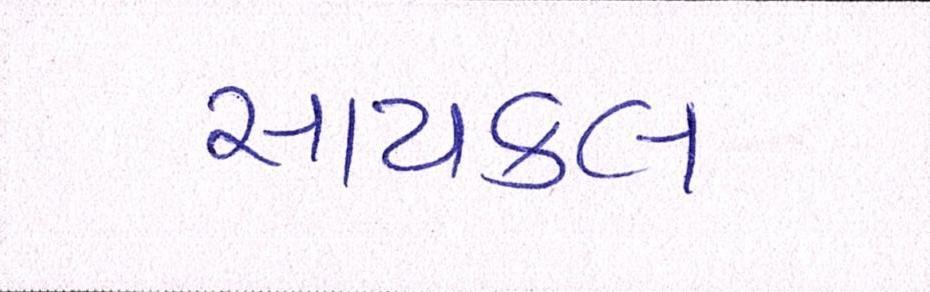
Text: સાયકલ